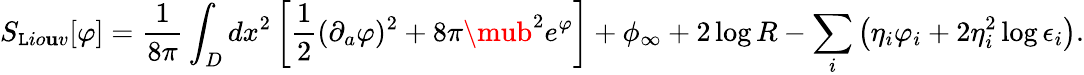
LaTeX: S_{\mathtt{L}io\mathbf{u}v}[\varphi]={\frac{{1}}{{8\pi}}}\int_{D}dx^{2}\left[{\frac{{1}}{{2}}}(\partial_{a}\varphi)^{2}+8\pi\mub^{2}e^{\varphi}\right]+\phi_{\infty}+2\log{R}-\sum_{i}\left(\eta_{i}\varphi_{i}+2\eta_{i}^{2}\log{\epsilon_{i}}\right).